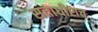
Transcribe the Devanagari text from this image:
सत्ताधीशच